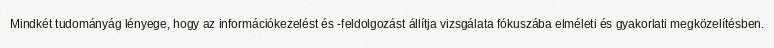
Mindkét tudományág lényege, hogy az információkezelést és -feldolgozást állítja vizsgálata fókuszába elméleti és gyakorlati megközelítésben.